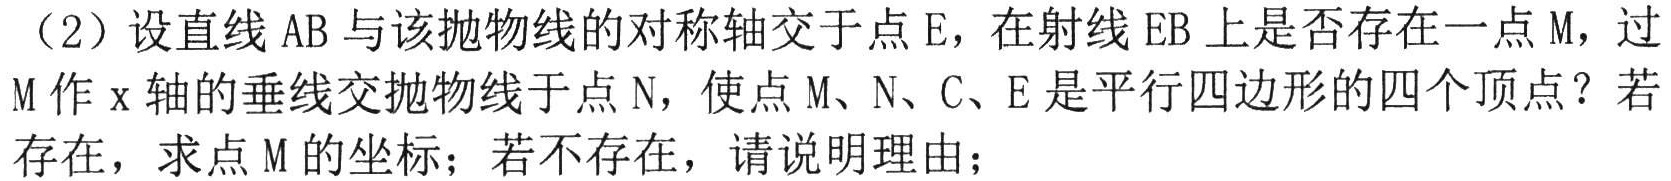
（2）设直线\(AB\)与该抛物线的对称轴交于点\(E\)，在射线\(EB\)上是否存在一点\(M\)，过
\(M\)作\(x\)轴的垂线交抛物线于点\(N\)，使点\(M、N、C、E\)是平行四边形的四个顶点？若
存在，求点\(M\)的坐标；若不存在，请说明理由；